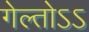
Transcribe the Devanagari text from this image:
गेल्तोऽऽ